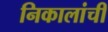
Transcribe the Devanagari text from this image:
निकालांची